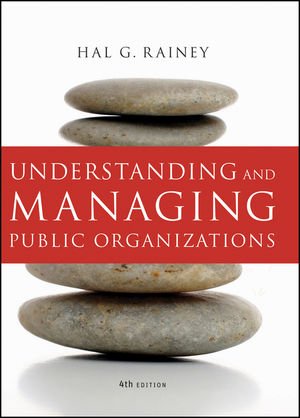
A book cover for Understanding and Managing Public Organizations, 4th Edition; Hal G. Rainey; Business & Money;